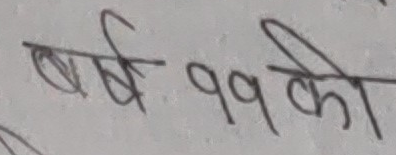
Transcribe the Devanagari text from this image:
बर्ष ११ को